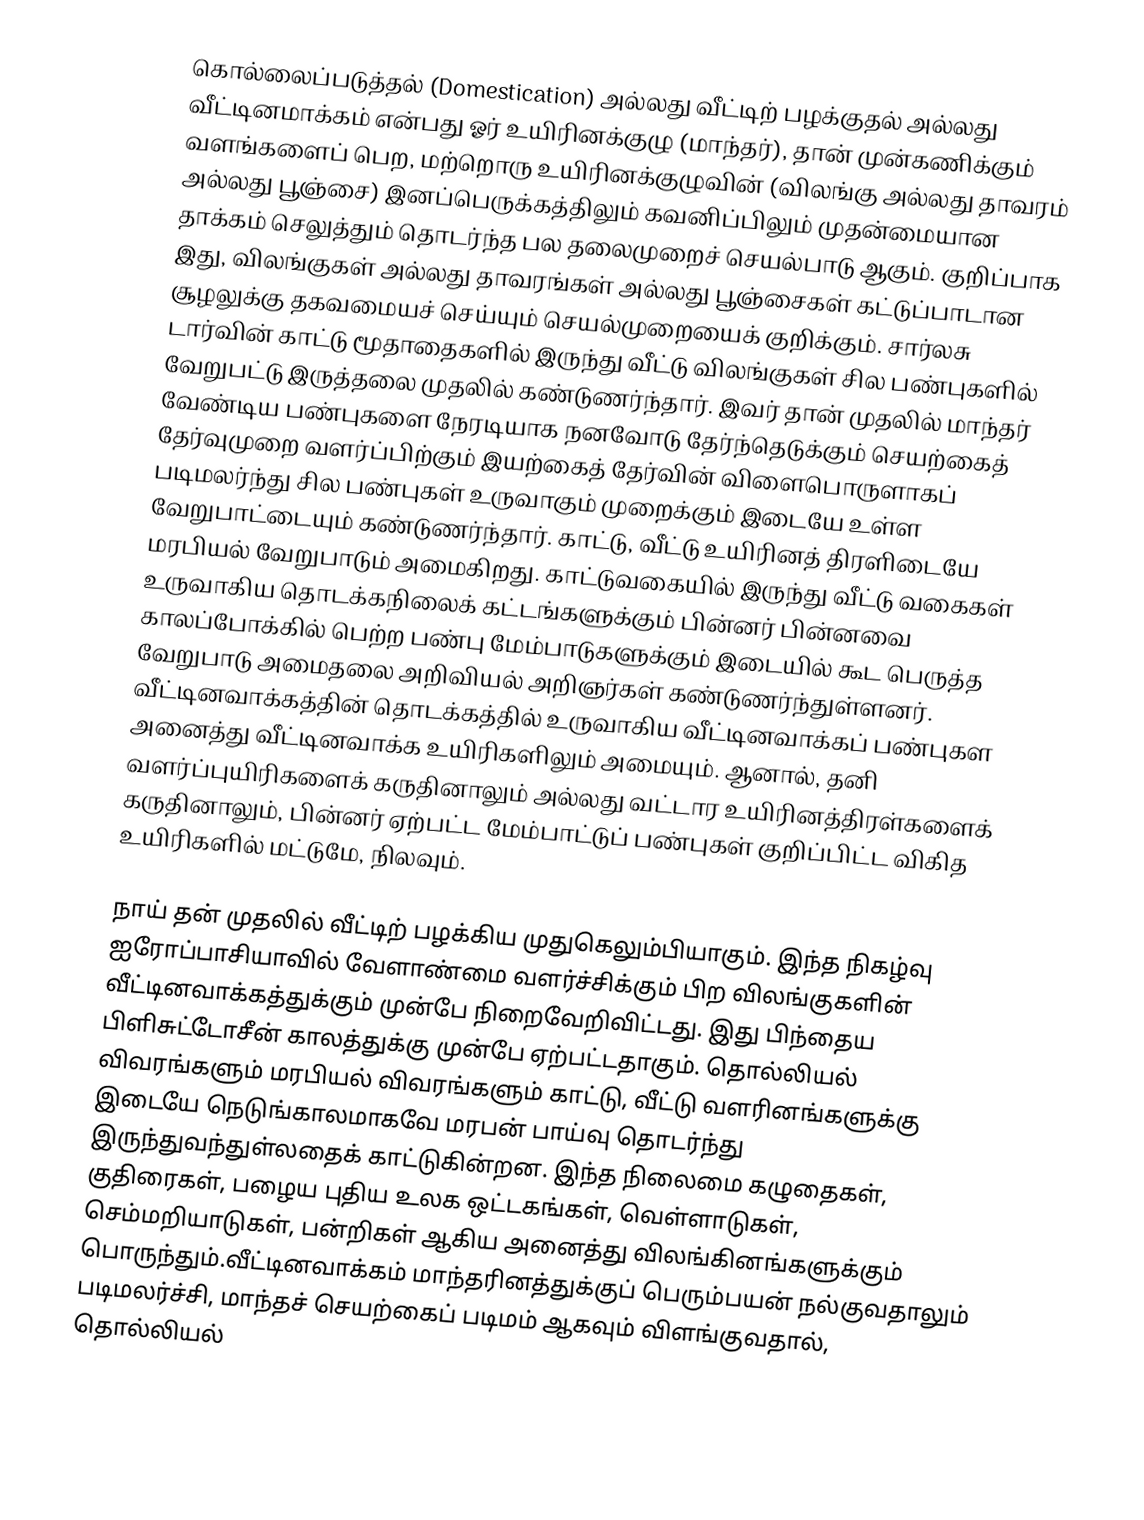
கொல்லைப்படுத்தல் (Domestication) அல்லது வீட்டிற் பழக்குதல்  அல்லது வீட்டினமாக்கம் என்பது  ஓர் உயிரினக்குழு (மாந்தர்), தான் முன்கணிக்கும் வளங்களைப் பெற, மற்றொரு உயிரினக்குழுவின் (விலங்கு அல்லது தாவரம் அல்லது பூஞ்சை) இனப்பெருக்கத்திலும் கவனிப்பிலும் முதன்மையான தாக்கம் செலுத்தும் தொடர்ந்த பல தலைமுறைச் செயல்பாடு ஆகும். குறிப்பாக இது, விலங்குகள் அல்லது தாவரங்கள் அல்லது பூஞ்சைகள் கட்டுப்பாடான சூழலுக்கு தகவமையச் செய்யும்  செயல்முறையைக் குறிக்கும்.  சார்லசு டார்வின் காட்டு மூதாதைகளில் இருந்து வீட்டு விலங்குகள் சில பண்புகளில் வேறுபட்டு இருத்தலை முதலில் கண்டுணர்ந்தார். இவர் தான் முதலில் மாந்தர் வேண்டிய பண்புகளை நேரடியாக நனவோடு தேர்ந்தெடுக்கும் செயற்கைத் தேர்வுமுறை வளர்ப்பிற்கும் இயற்கைத் தேர்வின் விளைபொருளாகப் படிமலர்ந்து சில பண்புகள் உருவாகும் முறைக்கும் இடையே உள்ள வேறுபாட்டையும் கண்டுணர்ந்தார். காட்டு, வீட்டு உயிரினத் திரளிடையே மரபியல் வேறுபாடும் அமைகிறது. காட்டுவகையில் இருந்து வீட்டு வகைகள் உருவாகிய தொடக்கநிலைக் கட்டங்களுக்கும் பின்னர் பின்னவை காலப்போக்கில் பெற்ற பண்பு மேம்பாடுகளுக்கும் இடையில் கூட பெருத்த வேறுபாடு அமைதலை அறிவியல் அறிஞர்கள் கண்டுணர்ந்துள்ளனர். வீட்டினவாக்கத்தின் தொடக்கத்தில் உருவாகிய வீட்டினவாக்கப் பண்புகள அனைத்து வீட்டினவாக்க உயிரிகளிலும் அமையும். ஆனால், தனி வளர்ப்புயிரிகளைக் கருதினாலும் அல்லது வட்டார உயிரினத்திரள்களைக் கருதினாலும், பின்னர் ஏற்பட்ட மேம்பாட்டுப் பண்புகள் குறிப்பிட்ட விகித உயிரிகளில் மட்டுமே, நிலவும்.

நாய் தன் முதலில் வீட்டிற் பழக்கிய முதுகெலும்பியாகும். இந்த நிகழ்வு ஐரோப்பாசியாவில் வேளாண்மை வளர்ச்சிக்கும் பிற விலங்குகளின் வீட்டினவாக்கத்துக்கும் முன்பே நிறைவேறிவிட்டது. இது பிந்தைய பிளிசுட்டோசீன் காலத்துக்கு முன்பே ஏற்பட்டதாகும். தொல்லியல் விவரங்களும் மரபியல் விவரங்களும் காட்டு, வீட்டு வளரினங்களுக்கு இடையே நெடுங்காலமாகவே மரபன் பாய்வு தொடர்ந்து இருந்துவந்துள்லதைக் காட்டுகின்றன. இந்த நிலைமை கழுதைகள், குதிரைகள், பழைய புதிய உலக ஒட்டகங்கள், வெள்ளாடுகள், செம்மறியாடுகள், பன்றிகள் ஆகிய அனைத்து விலங்கினங்களுக்கும் பொருந்தும்.வீட்டினவாக்கம் மாந்தரினத்துக்குப் பெரும்பயன் நல்குவதாலும் படிமலர்ச்சி, மாந்தச் செயற்கைப் படிமம் ஆகவும் விளங்குவதால், தொல்லியல்